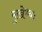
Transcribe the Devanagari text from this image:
मुखेभ्यः